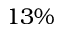
1 3 \%